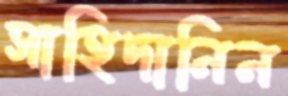
সাহিদানিন